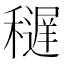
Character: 𥣔